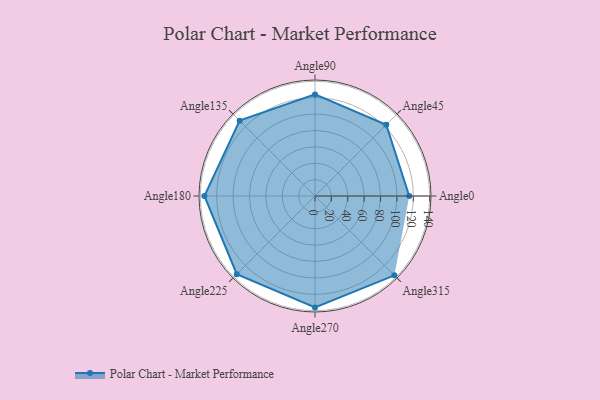
{"axis": {"x": "Angle", "y": "Radius"}, "legend": [""], "data": [{"x": "Angle0", "y": 115.0, "type": ""}, {"x": "Angle45", "y": 123.0, "type": ""}, {"x": "Angle90", "y": 124.0, "type": ""}, {"x": "Angle135", "y": 130.0, "type": ""}, {"x": "Angle180", "y": 135.0, "type": ""}, {"x": "Angle225", "y": 135.0, "type": ""}, {"x": "Angle270", "y": 136.0, "type": ""}, {"x": "Angle315", "y": 137.0, "type": ""}]}